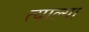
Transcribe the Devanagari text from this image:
त्याल्या